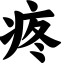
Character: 疼